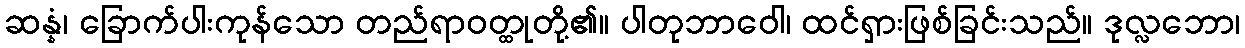
ဆန္နံ၊ ခြောက်ပါးကုန်သော တည်ရာဝတ္ထုတို့၏။ ပါတုဘာဝေါ၊ ထင်ရှားဖြစ်ခြင်းသည်။ ဒုလ္လဘော၊